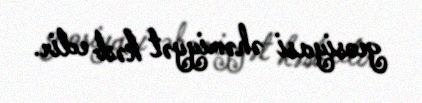
geosiyasi əhəmiyyət kəsb edir.